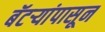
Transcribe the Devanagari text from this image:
बॅटर्‍यांपासून